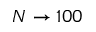
N \rightarrow 1 0 0